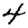
Digit: 4